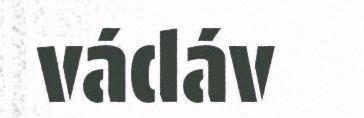
vádáv